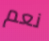
نعم